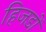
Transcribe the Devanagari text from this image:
हिजडों